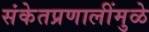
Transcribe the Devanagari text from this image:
संकेतप्रणालींमुळे